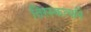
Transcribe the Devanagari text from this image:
तिरस्कर्त्याने